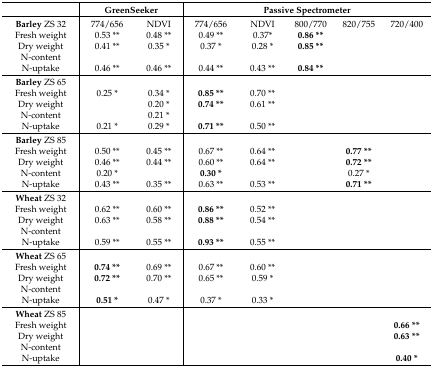
<table><thead><tr><td></td><td colspan="2"><b>GreenSeeker</b></td><td colspan="5"><b>Passive Spectrometer</b></td></tr></thead><tbody><tr><td><b>Barley</b> ZS 32</td><td>774/656</td><td>NDVI</td><td>774/656</td><td>NDVI</td><td>800/770</td><td>820/755</td><td>720/400</td></tr><tr><td>Fresh weight</td><td>0.53 **</td><td>0.48 **</td><td>0.49 **</td><td>0.37*</td><td><b>0.86 **</b></td><td></td><td></td></tr><tr><td>Dry weight</td><td>0.41 **</td><td>0.35 *</td><td>0.37 *</td><td>0.28 *</td><td><b>0.85 **</b></td><td></td><td></td></tr><tr><td>N-content</td><td></td><td></td><td></td><td></td><td></td><td></td><td></td></tr><tr><td>N-uptake</td><td>0.46 **</td><td>0.46 **</td><td>0.44 **</td><td>0.43 **</td><td><b>0.84 **</b></td><td></td><td></td></tr><tr><td><b>Barley</b> ZS 65</td><td></td><td></td><td></td><td></td><td></td><td></td><td></td></tr><tr><td>Fresh weight</td><td>0.25 *</td><td>0.34 *</td><td><b>0.85 **</b></td><td>0.70 **</td><td></td><td></td><td></td></tr><tr><td>Dry weight</td><td></td><td>0.20 *</td><td><b>0.74 **</b></td><td>0.61 **</td><td></td><td></td><td></td></tr><tr><td>N-content</td><td></td><td>0.21 *</td><td></td><td></td><td></td><td></td><td></td></tr><tr><td>N-uptake</td><td>0.21 *</td><td>0.29 *</td><td><b>0.71 **</b></td><td>0.50 **</td><td></td><td></td><td></td></tr><tr><td><b>Barley</b> ZS 85</td><td></td><td></td><td></td><td></td><td></td><td></td><td></td></tr><tr><td>Fresh weight</td><td>0.50 **</td><td>0.45 **</td><td>0.67 **</td><td>0.64 **</td><td></td><td><b>0.77 **</b></td><td></td></tr><tr><td>Dry weight</td><td>0.46 **</td><td>0.44 **</td><td>0.60 **</td><td>0.64 **</td><td></td><td><b>0.72 **</b></td><td></td></tr><tr><td>N-content</td><td>0.20 *</td><td></td><td><b>0.30 *</b></td><td></td><td></td><td>0.27 *</td><td></td></tr><tr><td>N-uptake</td><td>0.43 **</td><td>0.35 **</td><td>0.63 **</td><td>0.53 **</td><td></td><td><b>0.71 **</b></td><td></td></tr><tr><td><b>Wheat</b> ZS 32</td><td></td><td></td><td></td><td></td><td></td><td></td><td></td></tr><tr><td>Fresh weight</td><td>0.62 **</td><td>0.60 **</td><td><b>0.86 **</b></td><td>0.52 **</td><td></td><td></td><td></td></tr><tr><td>Dry weight</td><td>0.63 **</td><td>0.58 **</td><td><b>0.88 **</b></td><td>0.54 **</td><td></td><td></td><td></td></tr><tr><td>N-content</td><td></td><td></td><td></td><td></td><td></td><td></td><td></td></tr><tr><td>N-uptake</td><td>0.59 **</td><td>0.55 **</td><td><b>0.93 **</b></td><td>0.55 **</td><td></td><td></td><td></td></tr><tr><td><b>Wheat</b> ZS 65</td><td></td><td></td><td></td><td></td><td></td><td></td><td></td></tr><tr><td>Fresh weight</td><td><b>0.74 **</b></td><td>0.69 **</td><td>0.67 **</td><td>0.60 **</td><td></td><td></td><td></td></tr><tr><td>Dry weight</td><td><b>0.72 **</b></td><td>0.70 **</td><td>0.65 **</td><td>0.59 *</td><td></td><td></td><td></td></tr><tr><td>N-content</td><td></td><td></td><td></td><td></td><td></td><td></td><td></td></tr><tr><td>N-uptake</td><td><b>0.51 *</b></td><td>0.47 *</td><td>0.37 *</td><td>0.33 *</td><td></td><td></td><td></td></tr><tr><td><b>Wheat</b> ZS 85</td><td></td><td></td><td></td><td></td><td></td><td></td><td></td></tr><tr><td>Fresh weight</td><td></td><td></td><td></td><td></td><td></td><td></td><td><b>0.66 **</b></td></tr><tr><td>Dry weight</td><td></td><td></td><td></td><td></td><td></td><td></td><td><b>0.63 **</b></td></tr><tr><td>N-content</td><td></td><td></td><td></td><td></td><td></td><td></td><td></td></tr><tr><td>N-uptake</td><td></td><td></td><td></td><td></td><td></td><td></td><td><b>0.40 *</b></td></tr></tbody></table>